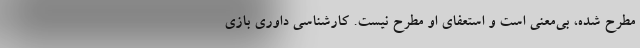
مطرح شده، بی‌معنی است و استعفای او مطرح نیست. کارشناسی داوری بازی